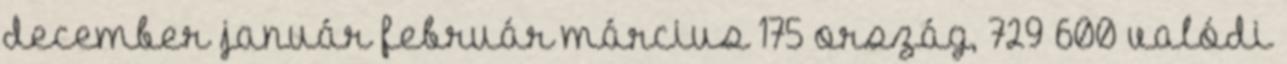
december január február március 175 ország, 729 600 valódi